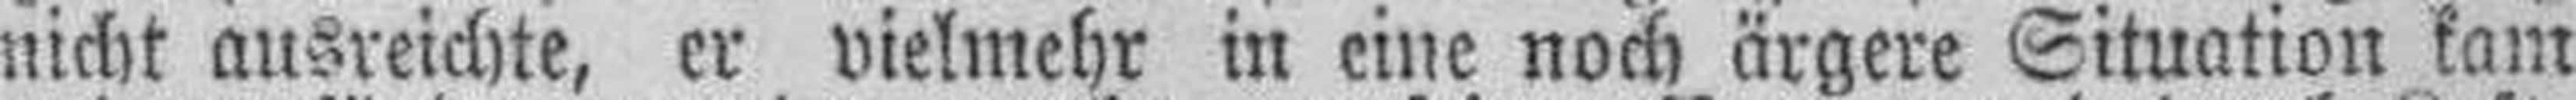
nicht ausreichte, er vielmehr in eine noch ärgere Situation kam